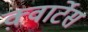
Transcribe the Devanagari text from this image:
क़्वार्टेस